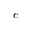
e